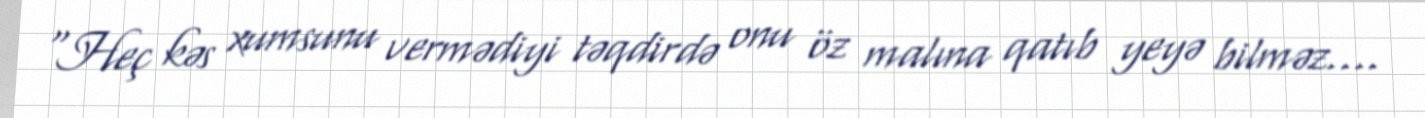
"Heç kəs xumsunu vermədiyi təqdirdə onu öz malına qatıb yeyə bilməz….